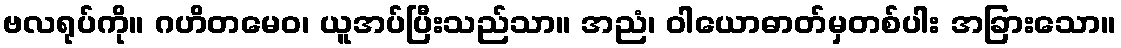
ဗလရုပ်ကို။ ဂဟိတမေဝ၊ ယူအပ်ပြီးသည်သာ။ အညံ၊ ဝါယောဓာတ်မှတစ်ပါး အခြားသော။